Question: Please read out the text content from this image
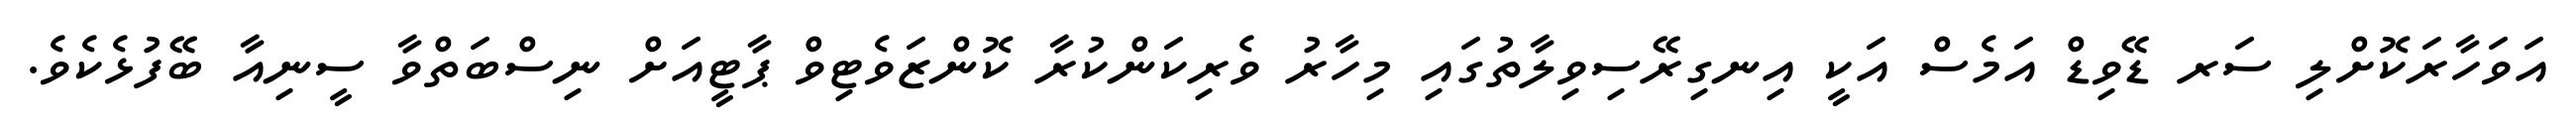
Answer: އަވަހާރަކޮށްލި ސަރ ޑޭވިޑް އަމެސް އަކީ އިނގިރޭސިވިލާތުގައި މިހާރު ވެރިކަންކުރާ ކޮންޒަވެޓިވް ޕާޓީއަށް ނިސްބަތްވާ ސީނިއާ ބޭފުޅެކެވެ.